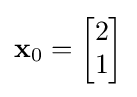
\mathbf {x} _{0}={\begin{bmatrix}2\\1\end{bmatrix}}